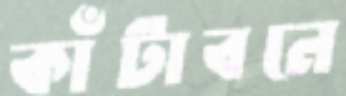
কাঁটাবনে